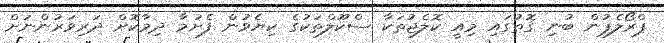
ޕްރޯލެޕުން ބުނި ގޮތުގައި މިއީ ކޮލެޖުތަކާ ސްކޫލްތަކުގެ ކިޔެެވުން ފެށުމާ ދިމާކޮށް ދަރިވަރުންނަށް